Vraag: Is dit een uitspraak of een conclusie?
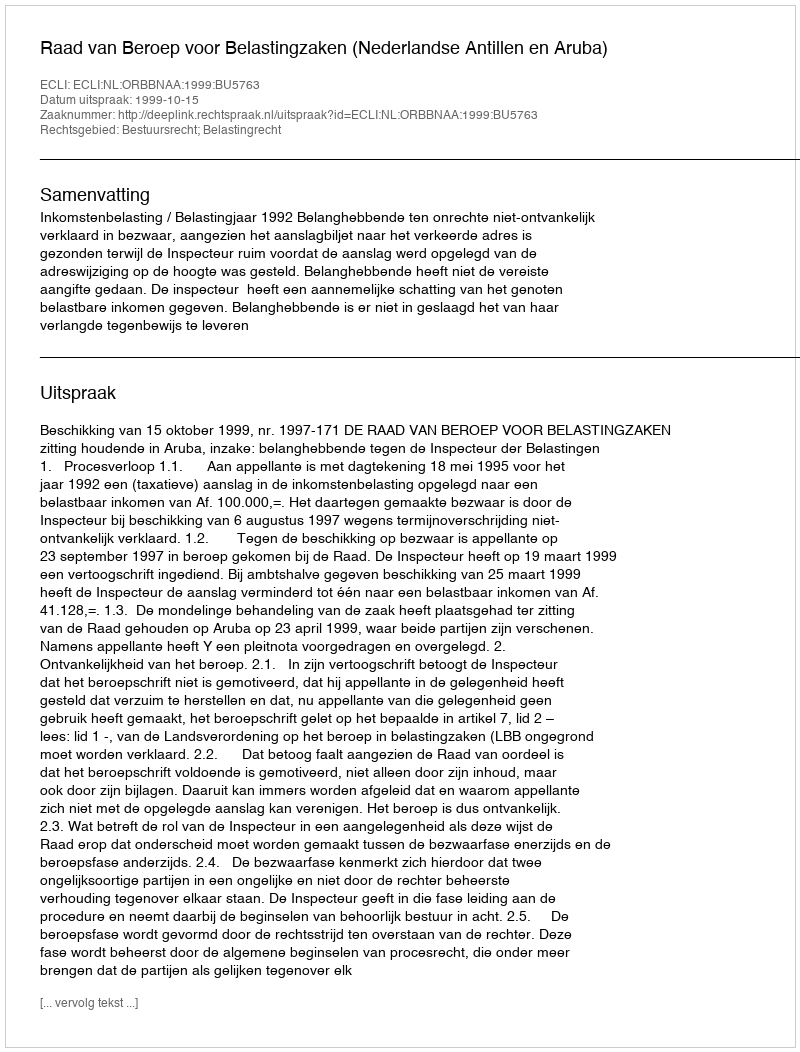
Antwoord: Uitspraak